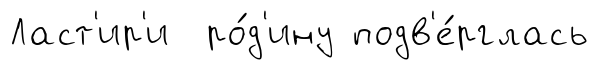
Ласт'ир'и ро́д'ину подв'е́рглась